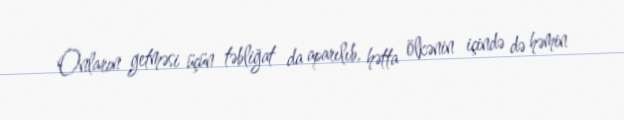
Onların getməsi üçün təbliğat da aparılıb, hətta ölkənin içində də həmin